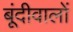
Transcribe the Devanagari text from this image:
बूंदीवालों